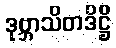
ဒုဗ္ဘာသိတဒိဋ္ဌိ